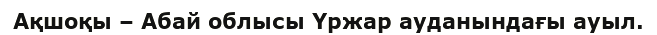
Ақшоқы – Абай облысы Үржар ауданындағы ауыл.